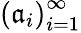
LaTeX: \left(\mathfrak{a}_{i}\right)_{i=1}^{\infty}